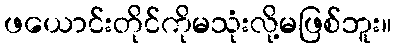
ဖယောင်းတိုင်ကိုမသုံးလို့မဖြစ်ဘူး။